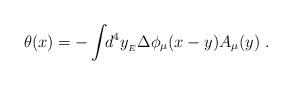
LaTeX: \begin{align*}\theta(x)=-\int\!\!d^{4}y_{_{E}}\Delta\phi_{\mu}(x-y)A_{\mu}(y) \ . \end{align*}